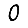
Digit: 0